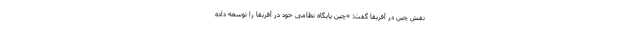
نقش چین در آفریقا گفت: «چین پایگاه نظامی خود در آفریقا را توسعه داده